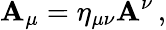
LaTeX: \mathbf{A}_{\mu}=\eta_{\mu\nu}\mathbf{A}^{\nu}\, ,